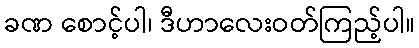
ခဏ စောင့်ပါ၊ ဒီဟာလေးဝတ်ကြည့်ပါ။